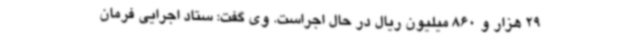
29 هزار و 860 میلیون ریال در حال اجراست. وی گفت: ستاد اجرایی فرمان